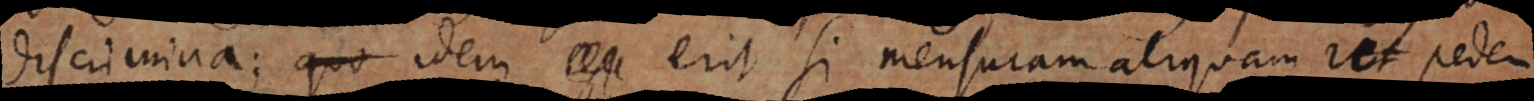
discrimina; idem erit si mensuram aliquam ut pedem